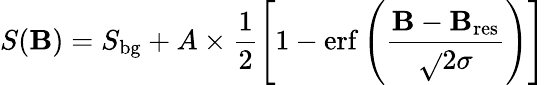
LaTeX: S(\mathbf{B})=S_{\mathrm{{bg}}}+A\times\frac{{1}}{{2}}\left[1-\mathrm{{erf}}\left(\frac{{\mathbf{B}-\mathbf{B}_{\mathrm{{res}}}}}{{\sqrt{}{{2}}\sigma}}\right)\right]